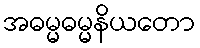
အဓမ္မဓမ္မနိယတော